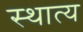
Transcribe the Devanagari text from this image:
स्थात्य